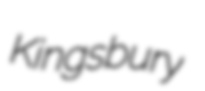
Kingsbury